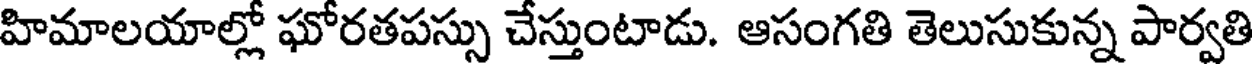
హిమాలయాల్లో ఘోరతపస్సు చేస్తుంటాడు. ఆసంగతి తెలుసుకున్న పార్వతి